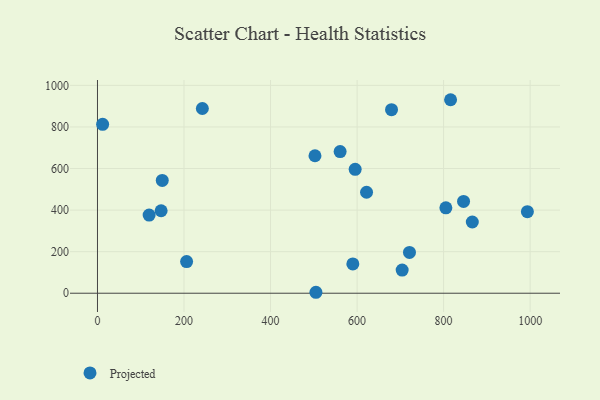
{"axis": {"x": "Ad Spend", "y": "Demand"}, "legend": ["Projected"], "data": [{"x": "149.7", "y": 542.9, "type": "Projected"}, {"x": "560.8", "y": 681.5, "type": "Projected"}, {"x": "621.9", "y": 485.9, "type": "Projected"}, {"x": "147.1", "y": 396.8, "type": "Projected"}, {"x": "206.0", "y": 152.2, "type": "Projected"}, {"x": "504.9", "y": 4.6, "type": "Projected"}, {"x": "590.2", "y": 141.2, "type": "Projected"}, {"x": "846.1", "y": 441.5, "type": "Projected"}, {"x": "704.2", "y": 111.5, "type": "Projected"}, {"x": "11.9", "y": 812.4, "type": "Projected"}, {"x": "502.7", "y": 661.4, "type": "Projected"}, {"x": "679.6", "y": 883.1, "type": "Projected"}, {"x": "721.1", "y": 196.1, "type": "Projected"}, {"x": "242.4", "y": 888.6, "type": "Projected"}, {"x": "993.6", "y": 392.2, "type": "Projected"}, {"x": "595.6", "y": 595.9, "type": "Projected"}, {"x": "816.1", "y": 930.9, "type": "Projected"}, {"x": "805.2", "y": 410.7, "type": "Projected"}, {"x": "866.3", "y": 342.6, "type": "Projected"}, {"x": "119.4", "y": 375.9, "type": "Projected"}]}